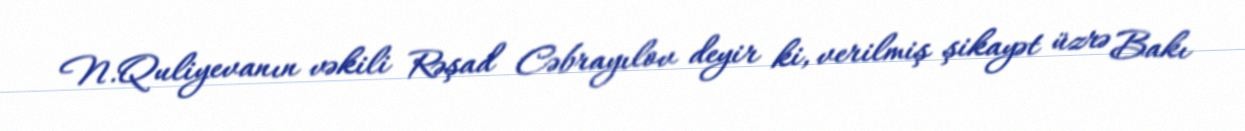
N.Quliyevanın vəkili Rəşad Cəbrayılov deyir ki, verilmiş şikayət üzrə Bakı